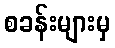
စခန်းများမှ